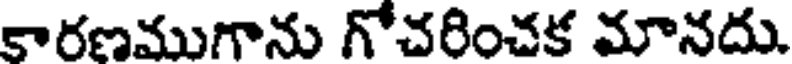
కారణముగాను గోచరించక మానదు.